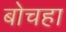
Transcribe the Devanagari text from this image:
बोचहा